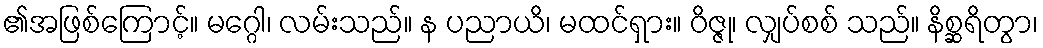
၏အဖြစ်ကြောင့်။ မဂ္ဂေါ၊ လမ်းသည်။ န ပညာယိ၊ မထင်ရှား။ ဝိဇ္ဇု၊ လျှပ်စစ် သည်။ နိစ္ဆရိတွာ၊